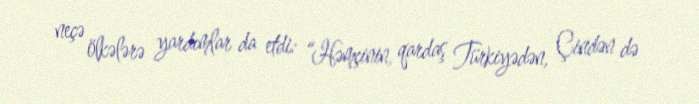
neçə ölkələrə yardımlar da etdi: “Həmçinin, qardaş Türkiyədən, Çindən də